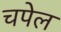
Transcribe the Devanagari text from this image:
चपेल